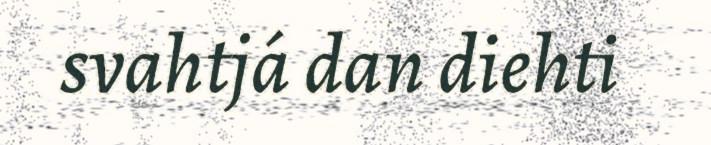
svahtjá dan diehti